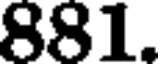
881.